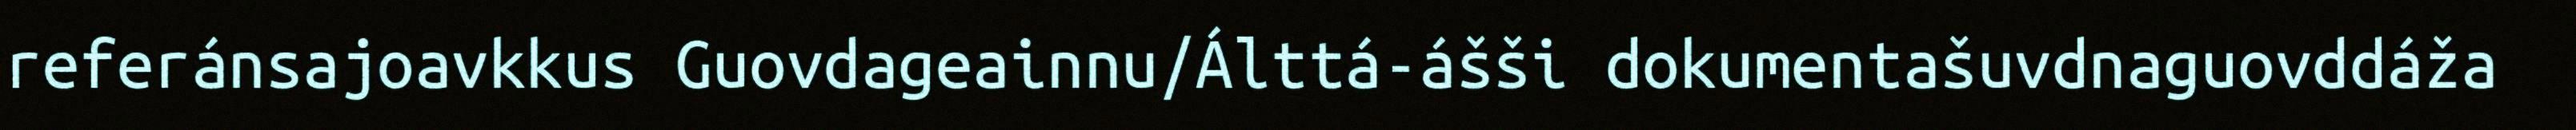
referánsajoavkkus Guovdageainnu/Álttá-ášši dokumentašuvdnaguovddáža